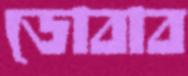
ডোবাব